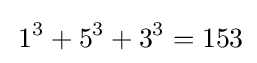
\,1^{3}+5^{3}+3^{3}=153